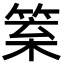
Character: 𥮧